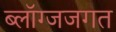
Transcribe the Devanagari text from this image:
ब्लॉग्जजगत